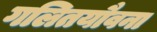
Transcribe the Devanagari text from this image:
गलितयौवना